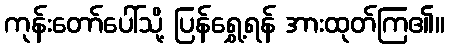
ကုန်းတော်ပေါ်သို့ ပြန်ရွှေ့ရန် အားထုတ်ကြ၏။